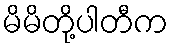
မိမိတို့ပါတီက